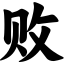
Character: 败